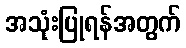
အသုံးပြုရန်အတွက်